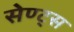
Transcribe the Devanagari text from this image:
सेण्ट्स